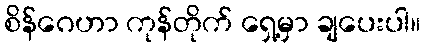
စိန်ဂေဟာ ကုန်တိုက် ရှေ့မှာ ချပေးပါ။